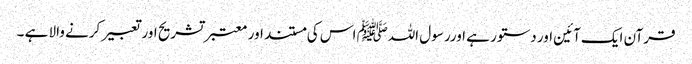
قرآن ایک آئین اور دستور ہے اورر سول اللہﷺ اس کی مستند اور معتبر تشریح اور تعبیر کرنے والا ہے ­۔